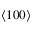
\langle 1 0 0 \rangle